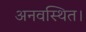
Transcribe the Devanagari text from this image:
अनवस्थित।